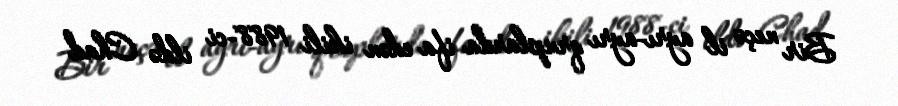
Bir neçə il ayrı-ayrı qruplarda ifa edən ikili 1988-ci ildə Chad